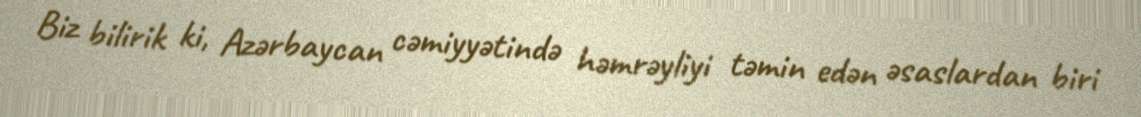
Biz bilirik ki, Azərbaycan cəmiyyətində həmrəyliyi təmin edən əsaslardan biri